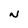
Character: N